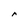
Character: r